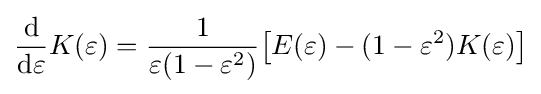
{\frac {\mathrm {d} }{\mathrm {d} \varepsilon }}K(\varepsilon )={\frac {1}{\varepsilon (1-\varepsilon ^{2})}}{\bigl [}E(\varepsilon )-(1-\varepsilon ^{2})K(\varepsilon ){\bigr ]}